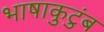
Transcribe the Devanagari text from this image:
भाषाकुटुंब